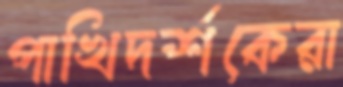
পাখিদর্শকেরা